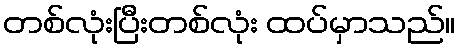
တစ်လုံးပြီးတစ်လုံး ထပ်မှာသည်။